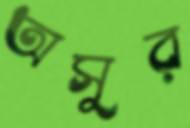
অসুর